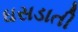
ઘસડાતી